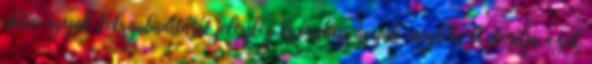
aktív ágyak felszabadítását jelenleg krónikus ágyak megléte biztosítja, ezek